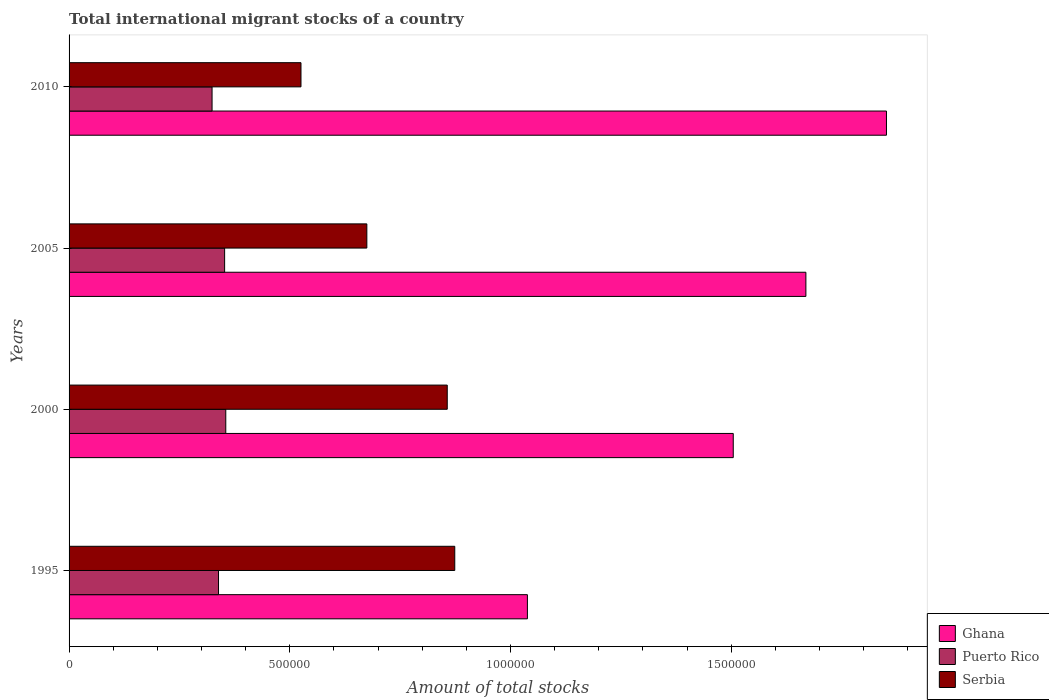
| Years | Ghana | Puerto Rico | Serbia |
 | --- | --- | --- | --- |
 | 1995 | 1.04e+06 | 3.39e+05 | 8.74e+05 |
 | 2000 | 1.5e+06 | 3.55e+05 | 8.57e+05 |
 | 2005 | 1.67e+06 | 3.52e+05 | 6.75e+05 |
 | 2010 | 1.85e+06 | 3.24e+05 | 5.25e+05 |